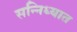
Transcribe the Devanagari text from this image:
सन्निध्यात